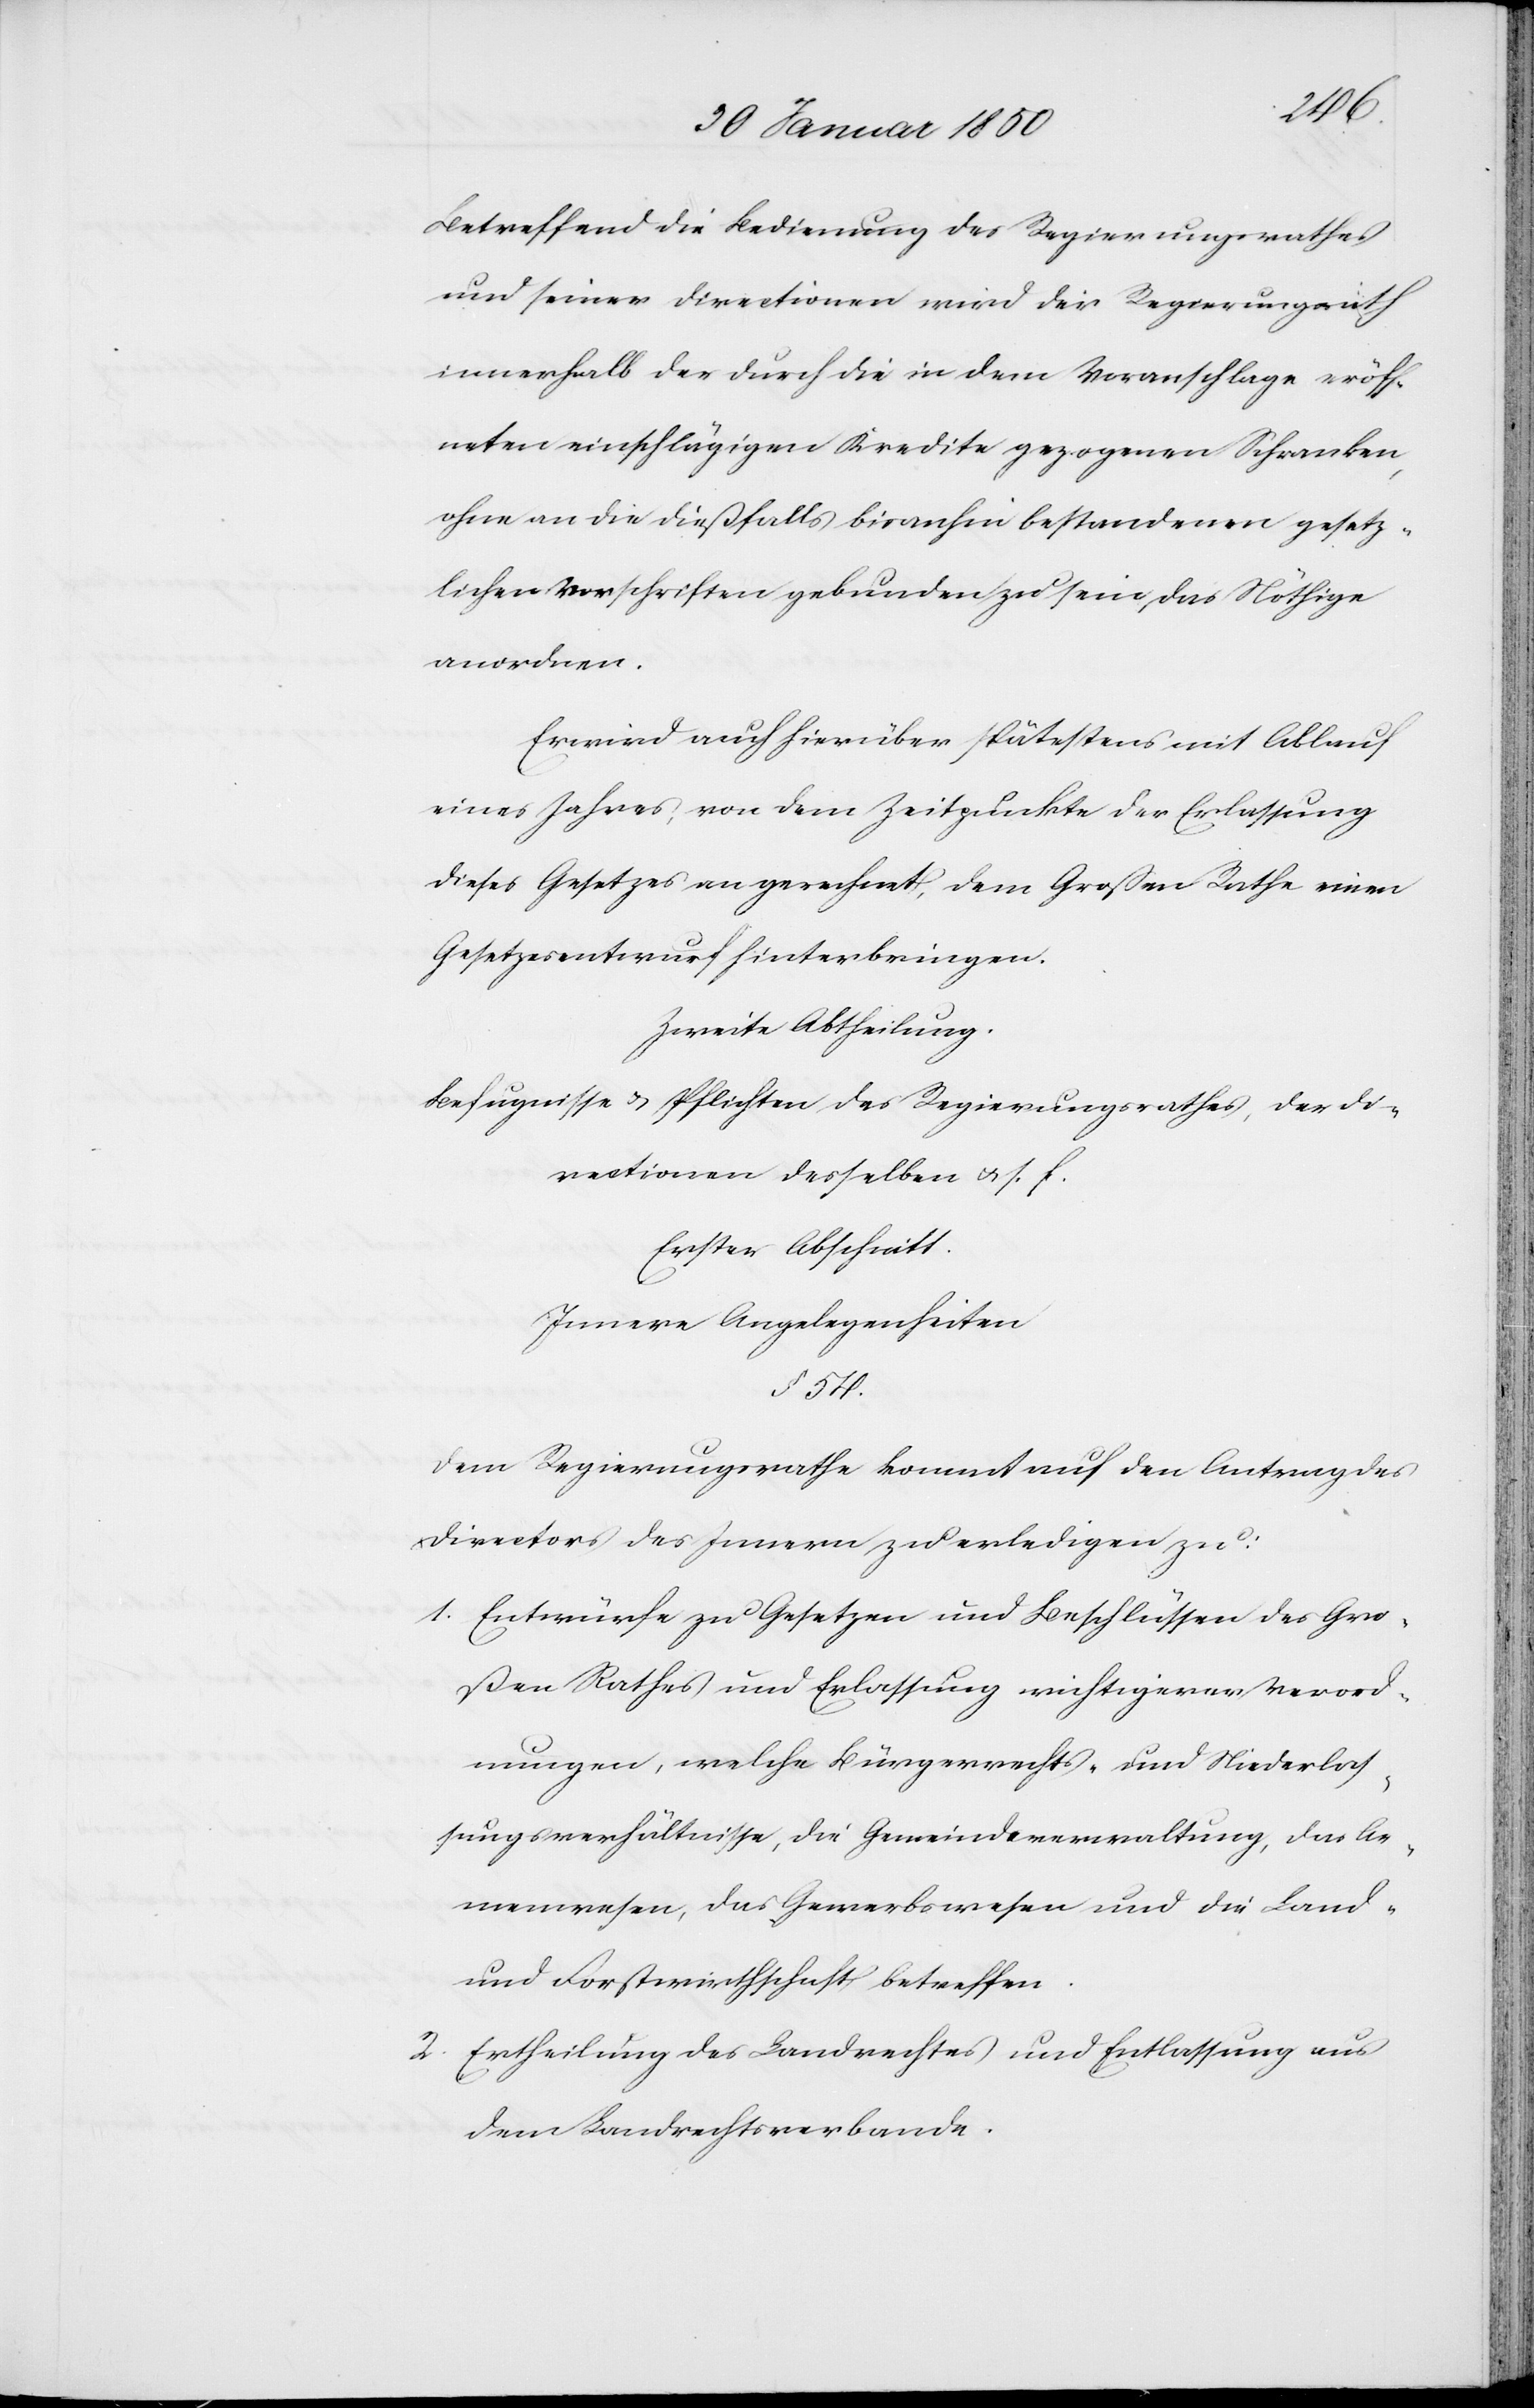
Betreffend die Bedienung des Regierungsrathes
und seiner Directionen wird der Regierungsrath
innerhalb der durch die in dem Voranschlage eröff¬
neten einschlägigen Kredite gezogenen Schranken,
ohne an die dießfalls bisanhin bestandenen gesetz¬
lichen Vorschriften gebunden zu sein, das Nöthige
anordnen.
Er wird auch hierüber spätestens mit Ablauf
eines Jahres, von dem Zeitpunkte der Erlassung
dieses Gesetzes an gerechnet, dem Großen Rathe einen
Gesetzesentwurf hinterbringen.
Zweite Abtheilung.
Befugnisse u. Pflichten des Regierungsrathes, der Di¬
rectionen desselben u. s. f.
Erster Abschnitt.
Innere Angelegenheiten
§. 54.
Dem Regierungsrathe kommt auf den Antrag des
Directors des Innern zu erledigen zu:
1. Entwürfe zu Gesetzen und Beschlüssen des Gro¬
ßen Rathes und Erlassung wichtigerer Verord¬
nungen, welche Bürgerrechts- und Niederlas¬
sungsverhältnisse, die Gemeindeverwaltung, das Ar¬
menwesen, das Gewerbswesen und die Land-
und Forstwirthschaft betreffen.
2. Ertheilung des Landrechtes und Entlassung aus
dem Landrechtsverbande.